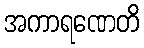
အကာရဏေတိ